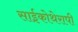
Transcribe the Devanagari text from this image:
साईकोथेरापी